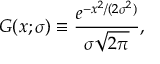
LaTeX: G ( x ; \sigma ) \equiv { \frac { e ^ { - x ^ { 2 } / ( 2 \sigma ^ { 2 } ) } } { \sigma { \sqrt { 2 \pi } } } } ,